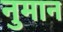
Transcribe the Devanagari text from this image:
नुमान